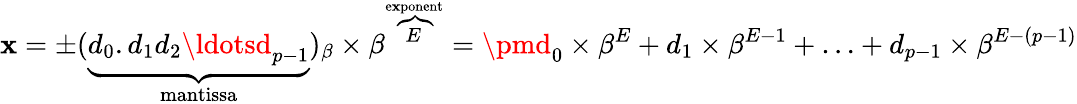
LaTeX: \mathbf{x}=\pm(\underbrace{{d_{0}.d_{1}d_{2}\ldotsd_{p-1}}}_{\mathrm{{mantissa}}})_{\beta}\times\beta^{\overbrace{{E}}^{\mathrm{{e\mathbf{x}ponent}}}}=\pmd_{0}\times\beta^{E}+d_{1}\times\beta^{E-1}+\ldots+d_{p-1}\times\beta^{E-(p-1)}